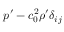
p ^ { \prime } - c _ { 0 } ^ { 2 } \rho ^ { \prime } \delta _ { i j }